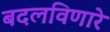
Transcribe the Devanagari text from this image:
बदलविणारे